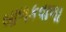
બાળકવાળા